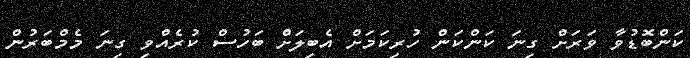
ކަންބޮޑުވާ ވަރަށް ގިނަ ކަންކަން ހުރިކަމަށް އެބިލަށް ބަހުސް ކުރެއްވި ގިނަ މެމްބަރުން